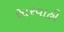
સારવાહી